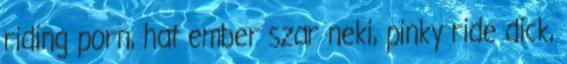
riding porn, hat ember szar neki, pinky ride dick,